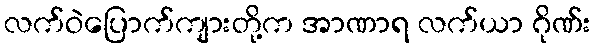
လက်ဝဲပြောက်ကျားတို့က အာဏာရ လက်ယာ ဂိုဏ်း